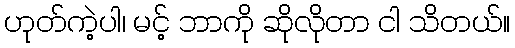
ဟုတ်ကဲ့ပါ၊ မင့် ဘာကို ဆိုလိုတာ ငါ သိတယ်။